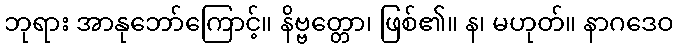
ဘုရား အာနုဘော်ကြောင့်။ နိဗ္ဗတ္တော၊ ဖြစ်၏။ န၊ မဟုတ်။ နာဂဒေဝ